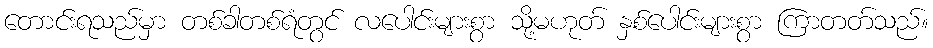
တောင်းရသည်မှာ တစ်ခါတစ်ရံတွင် လပေါင်းများစွာ သို့မဟုတ် နှစ်ပေါင်းများစွာ ကြာတတ်သည်။